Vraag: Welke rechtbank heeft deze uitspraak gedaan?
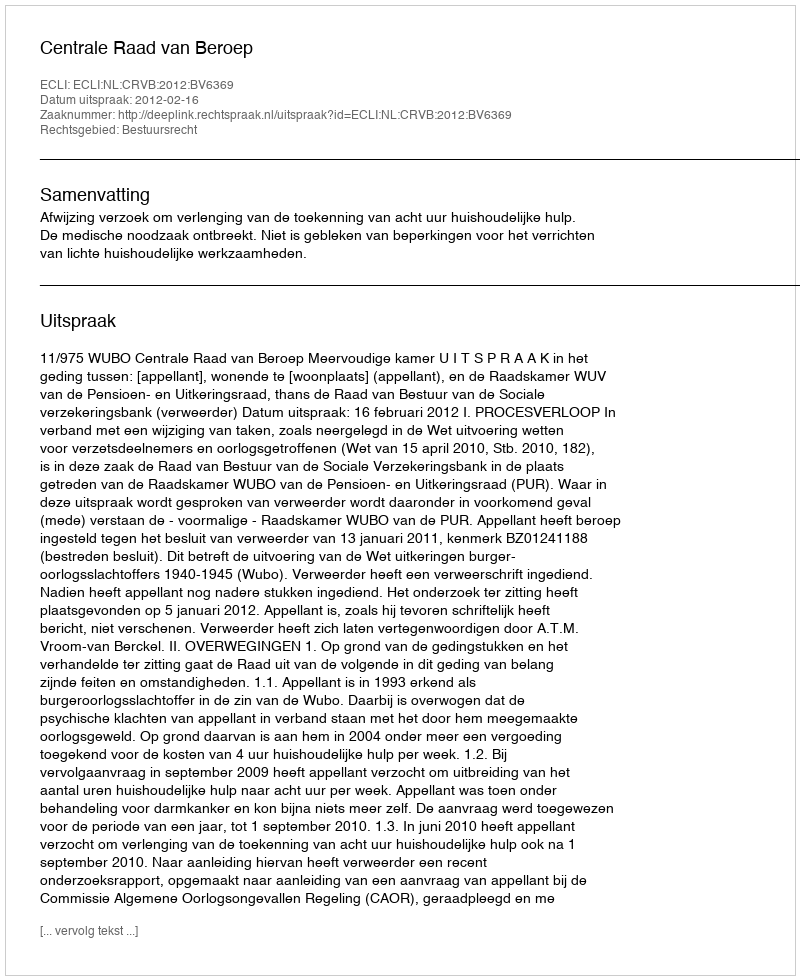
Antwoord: Centrale Raad van Beroep